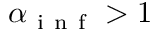
\alpha _ { \mathrm { ~ i ~ n ~ f ~ } } > 1